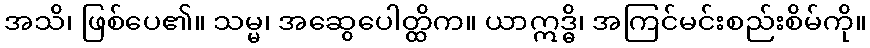
အသိ၊ ဖြစ်ပေ၏။ သမ္မ၊ အဆွေပေါတ္ထိက။ ယာဣဒ္ဓိ၊ အကြင်မင်းစည်းစိမ်ကို။